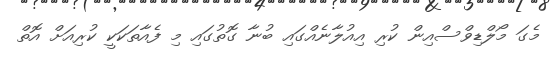
މެގަ މޯލްޑިވްސްއިން ކުރި އިއުލާނެއްގައި ބުނާ ގޮތުގައި މި ފެއާތަކަކީ ކުރިއަށް އޮތް